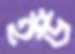
ইউ